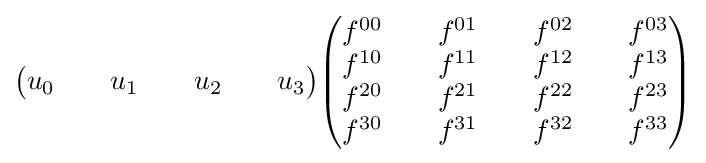
{\begin{pmatrix}u_{0}&&u_{1}&&u_{2}&&u_{3}\end{pmatrix}}{\begin{pmatrix}f^{00}&&f^{01}&&f^{02}&&f^{03}\\f^{10}&&f^{11}&&f^{12}&&f^{13}\\f^{20}&&f^{21}&&f^{22}&&f^{23}\\f^{30}&&f^{31}&&f^{32}&&f^{33}\end{pmatrix}}